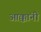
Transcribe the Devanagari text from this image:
आक्कांनी